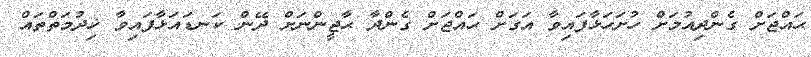
ޙައްޖަށް ގެންދިއުމަށް ހުށަހަޅާފައިވާ އަގަށް ޙައްޖަށް ގެންދާ ޙާޖީންނަށް ދޭން ކަނޑައަޅާފައިވާ ޚިދުމަތްތައް